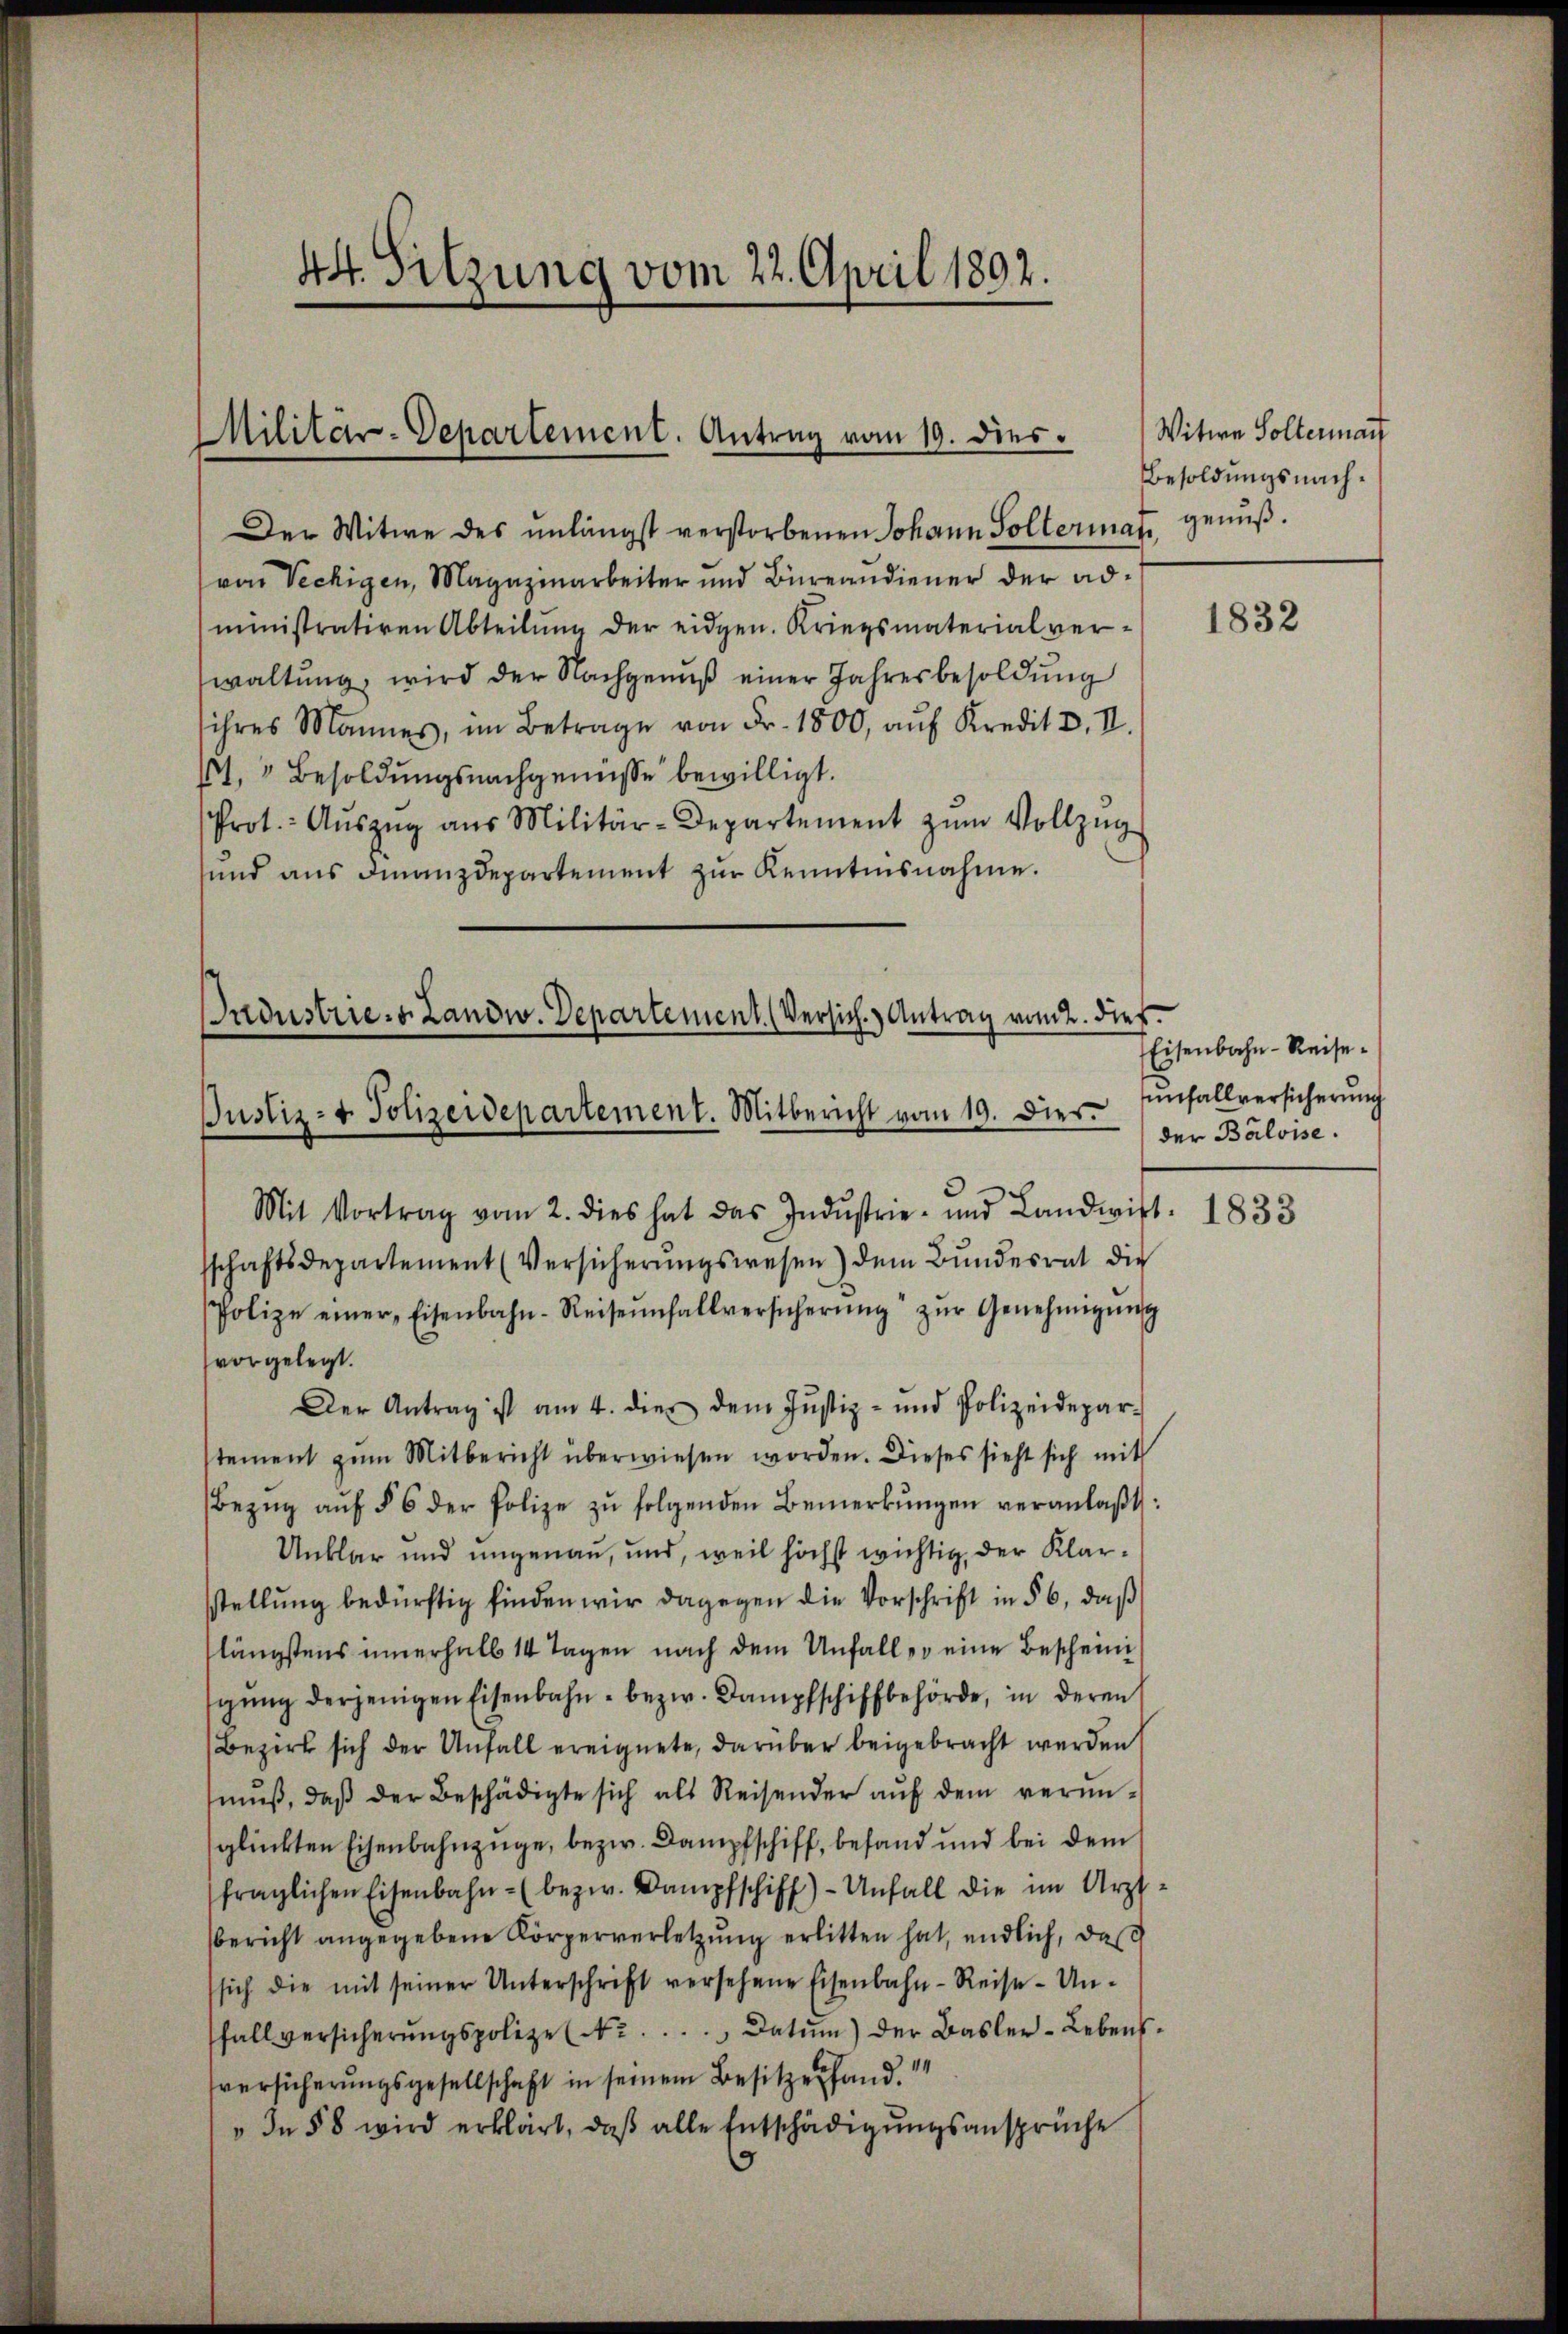
44. Sitzung vom 22. April 1892.

Militär-Departement. Antrag vom 19. Dies

Der Witwe des unlängst verstorbenen Johann Sollerman
von Vechigen, Magazinarbeiter und Bureandiener der administrativen Abteilŭng der eidgen. Kriegsmaterialver-
waltung, wird der Nachgenuß einer Jahresbesoldung
ihres Mannes, im Betrage von Fr. 1800, aŭf Kredit u. II.
61. " Besoldungsnachgemesse bewilligt.
Prot. Aŭszŭg aŭs Militär-Departement zŭm Vollzŭg
sund ans Finanzdepartement zŭr Kenntnisnahme.

ndustrie. v. Landw. Departement. (Versich Antrag vom 2. dies
Justiz- & Polizeidepartement. Mitbericht vom 19. dies.

Witwe Soltermant
Besoldungsnachgenuß.

Mit Vortrag vom 2. dies hat das Indŭstrie- und Landwir
sschaftsdepartement (Versicherŭngswesen) dem Bundesrat die
Polize einer Eisenbahn-Reisennfallversicherŭng zŭr Genehmigŭng
vorgelegt.
Der Antrag ist am 4. dies dem Jŭstiz- und Polizeidepar-
stement zum Mitbericht überwiesen worden. Dieses sieht sich mit
Bezŭg aŭf § 6 der Polize zŭ folgenden Bemerkŭngen veranlaβt:
Unklar und ungenau, und, weil höchst wichtig, der Klarstellung bedürftig finden wir dagegen die Vorschrift in § 6, daß
längstens innerhalb 14 Tagen nach dem Unfaller eine Bescheini
gŭng derjenigen Eisenbahn - bezw. Dampfschiffbehörde, in deren
Bezirk sich der Unfall ereignete, darüber beigebracht werden
mŭβ, daβ der Beschädigte sich als Reisender aŭf dem verŭn-
glückten Eisenbahnzüge, bezw. Dampfschiff, befand und bei dem
fraglichen Eisenbahn- (bezw. Dampfschiff)- Unfall die im Arzt-
Bericht angegebene Körperverletzung erlitten hat, endlich, daß
sich die mit seiner Unterschrift versehene Eisenbahn-Reise-Unfallversicherŭngspolize (Nr. ..  Datum) der Basler-Lebens.
sversicherungsgesellschaft in seinem Besitzes fand.
" In § 8 wird erklärt, daβ alle Entschädigungsansprüche

1832

Eisenbahn-Reise.
unfallversicherung
der Balvise.

1. 1833